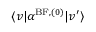
\langle v \vert \alpha ^ { \mathrm { B F } , ( 0 ) } \vert v ^ { \prime } \rangle